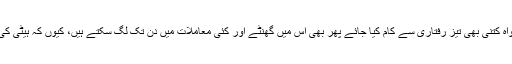
تاہم اُنھوں نے یہ بھی کہا کہ خواہ کتنی بھی تیز رفتاری سے کام کیا جائے پھر بھی اِس میں گھنٹے اور کئی معاملات میں دن تک لگ سکتے ہیں، کیوں کہ ہیٹی کی سڑکیں گزرنے کے قابل نہیں۔